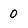
Character: 0